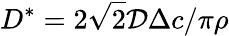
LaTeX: D^{*}=2\sqrt{2}{\cal D}\Delta c/\pi\rho